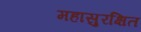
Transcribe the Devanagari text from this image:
महासुरक्षित